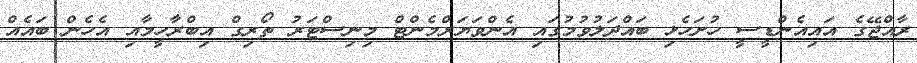
ރާއްޖޭގެ އައިއެންޑީސީ ހުށަހެޅި ބައްދަލުވުމުގައި އެންވަޔަރްމެންޓް މިނިސްޓަރު ތޯރިގް އިބްރާހީމާއި އެހެން ބައެއް